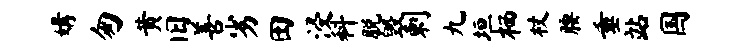
媾匆黄旧善劣田浸科脱毁剌九垣栖杖腰垂站国